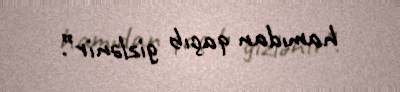
hamıdan qaçıb gizlənir”.